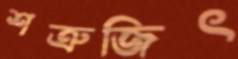
শত্রুজিৎ